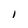
Character: I